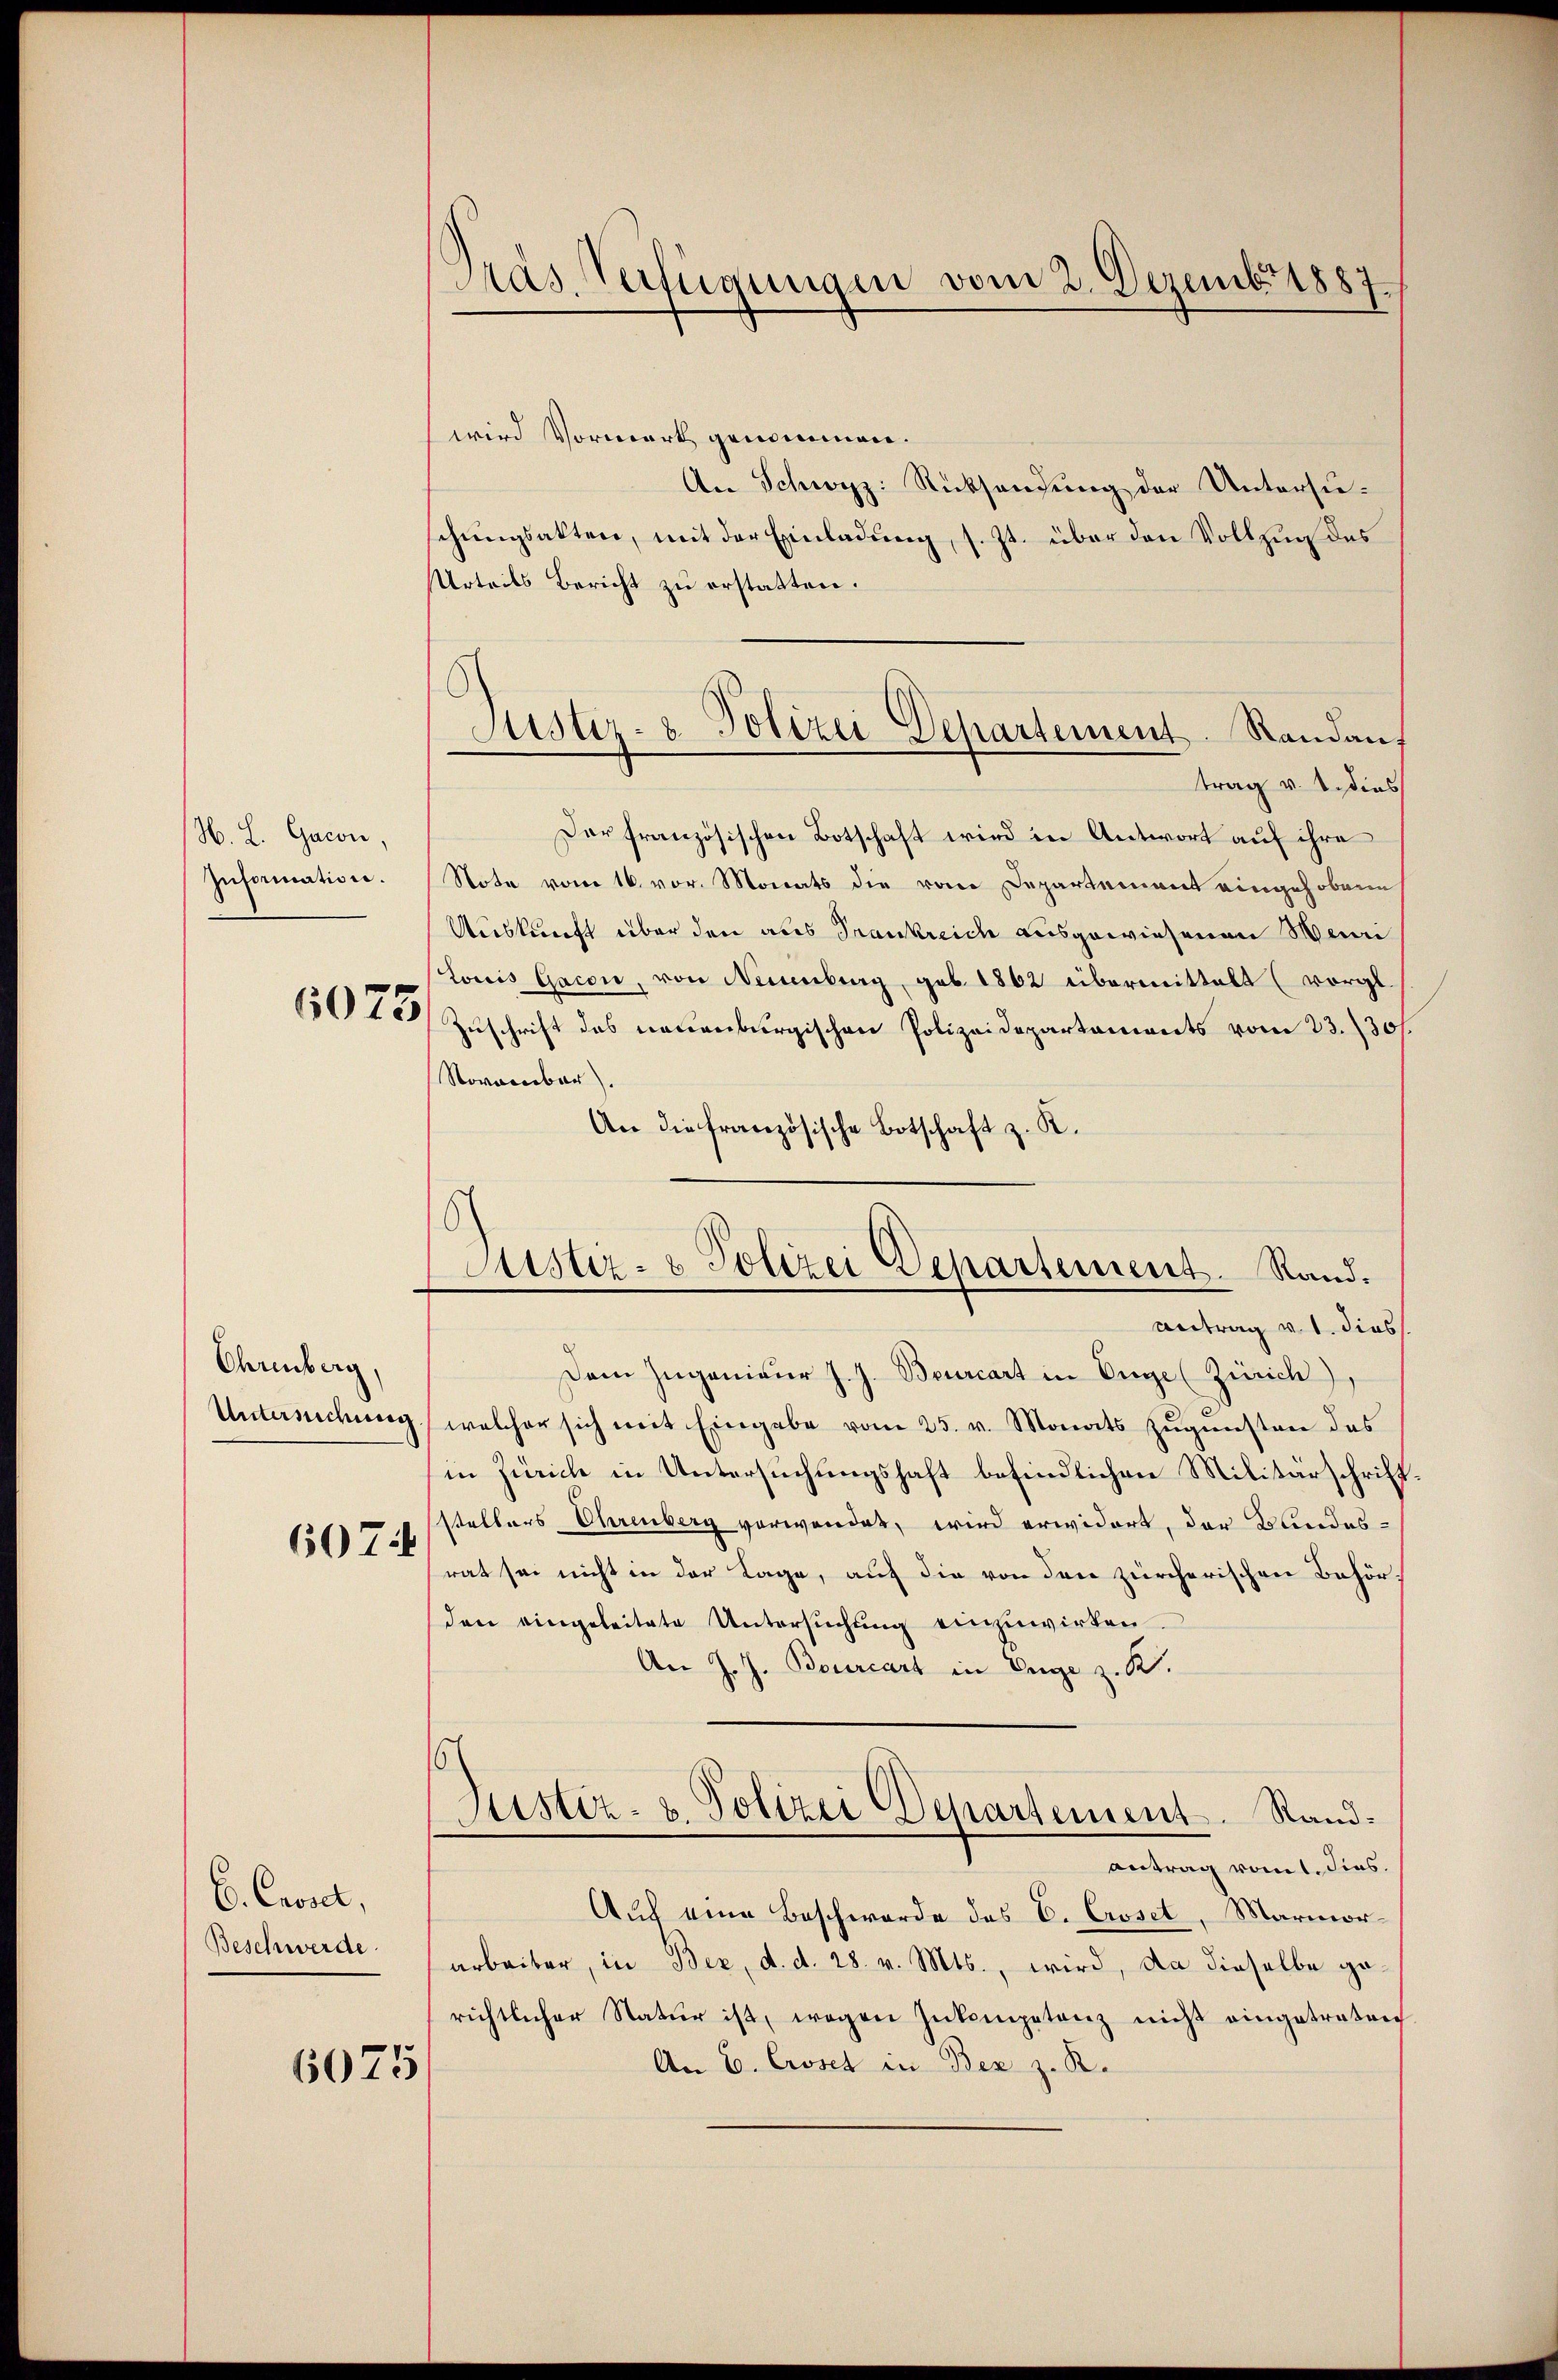
H. L. Gacon,
Information.

Chrnberg
Unterschung

607:

C. Cassel,
Beschwerde.

6075

Gras Verfügungen vom 2. Dezember 1887

Justiz- & Polizei Departement. Randauf

6
Astiz- & Polizei Departement. Rand.

wird Vormerk genommen.
An Schwyz: Rücksendung der Untersuschungsakten, mit der Einladung, s. Zt. über den Vollzug des
Urteils Bericht zu erstatten.
trag v. 1. dies
Der französischen Botschaft wird in Antwort auf ihre
Note vom 16. vor. Monats die vom Departement eingehobene
Auskunft über den aus Trankreich ausgewiesenen Mani
Louis Gacon, von Neuenburg, geb. 1862 übermittalt (vorgl
t Zuschrift des neuenburgischen Polizeidepartaments vom 23./30.
November).
An die französische Botschaft z. K.
Antrag v. 1. dies
Dem Zugenieŭr J. J. Bourcart in Enge (Zürich),
welcher sich mit Eingabe vom 25. v. Monats zugunsten das
in Zürich in Untersuchungshaft befindlichen Militärschriftstellers Ehrenberg verwendet, wird erwidert, der Bundes-
rat sei nicht in der Tage, auf die von den zürcherischen Behörden eingeleitete Untersŭchŭng einzuwirken
An J. J. Bourcart in Enge z. K.
6
Justiz- & Polizei Departement. Randantrag vom 1. dies.
Auf eine Beschwerde des E. Croset, Marmorarbeiter, in Ber, d. d. 28. v. Mts., wird, da dieselbe gerichtlicher Natur ist, wegen Inkompetenz nicht eingetreten
An E. Croset in Bez z. R.